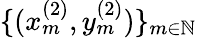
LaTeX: \{ (x_{m}^{(2)},y_{m}^{(2)})\} _{m\in\mathbb{N}}